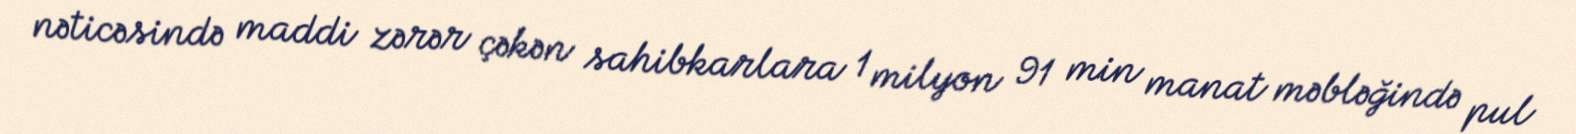
nəticəsində maddi zərər çəkən sahibkarlara 1 milyon 91 min manat məbləğində pul